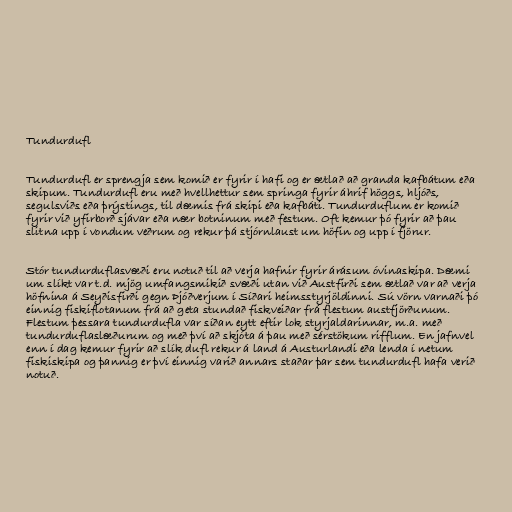
Tundurdufl

Tundurdufl er sprengja sem komið er fyrir í hafi og er ætlað að granda kafbátum eða
skipum. Tundurdufl eru með hvellhettur sem springa fyrir áhrif höggs, hljóðs,
segulsviðs eða þrýstings, til dæmis frá skipi eða kafbáti. Tundurduflum er komið
fyrir við yfirborð sjávar eða nær botninum með festum. Oft kemur þó fyrir að þau
slitna upp í vondum veðrum og rekur þá stjórnlaust um höfin og upp í fjörur.

Stór tundurduflasvæði eru notuð til að verja hafnir fyrir árásum óvinaskipa. Dæmi
um slíkt var t.d. mjög umfangsmikið svæði utan við Austfirði sem ætlað var að verja
höfnina á Seyðisfirði gegn Þjóðverjum í Síðari heimsstyrjöldinni. Sú vörn varnaði þó
einnig fiskiflotanum frá að geta stundað fiskveiðar frá flestum austfjörðunum.
Flestum þessara tundurdufla var síðan eytt eftir lok styrjaldarinnar, m.a. með
tundurduflaslæðurum og með því að skjóta á þau með sérstökum rifflum. En jafnvel
enn í dag kemur fyrir að slík dufl rekur á land á Austurlandi eða lenda í netum
fiskiskipa og þannig er því einnig varið annars staðar þar sem tundurdufl hafa verið
notuð.